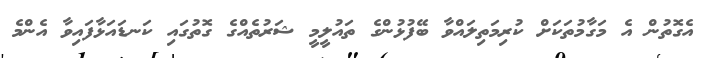
އެގޮތުން އެ މަގާމުތަކަށް ކުރިމަތިލައްވާ ބޭފުޅުންގެ ތައުލީމީ ޝަރުތެއްގެ ގޮތުގައި ކަނޑައަޅާފައިވާ އެންމެ